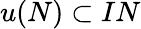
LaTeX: u(N)\subset IN